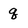
Character: q